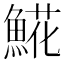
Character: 𩸽